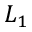
L _ { 1 }